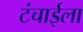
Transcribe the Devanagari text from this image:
टंचाईला